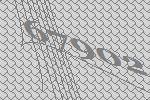
67902